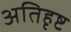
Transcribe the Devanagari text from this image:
अतिहृष्ट